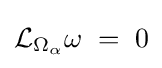
{\mathcal {L}}_{\Omega _{\alpha }}\omega \;=\;0